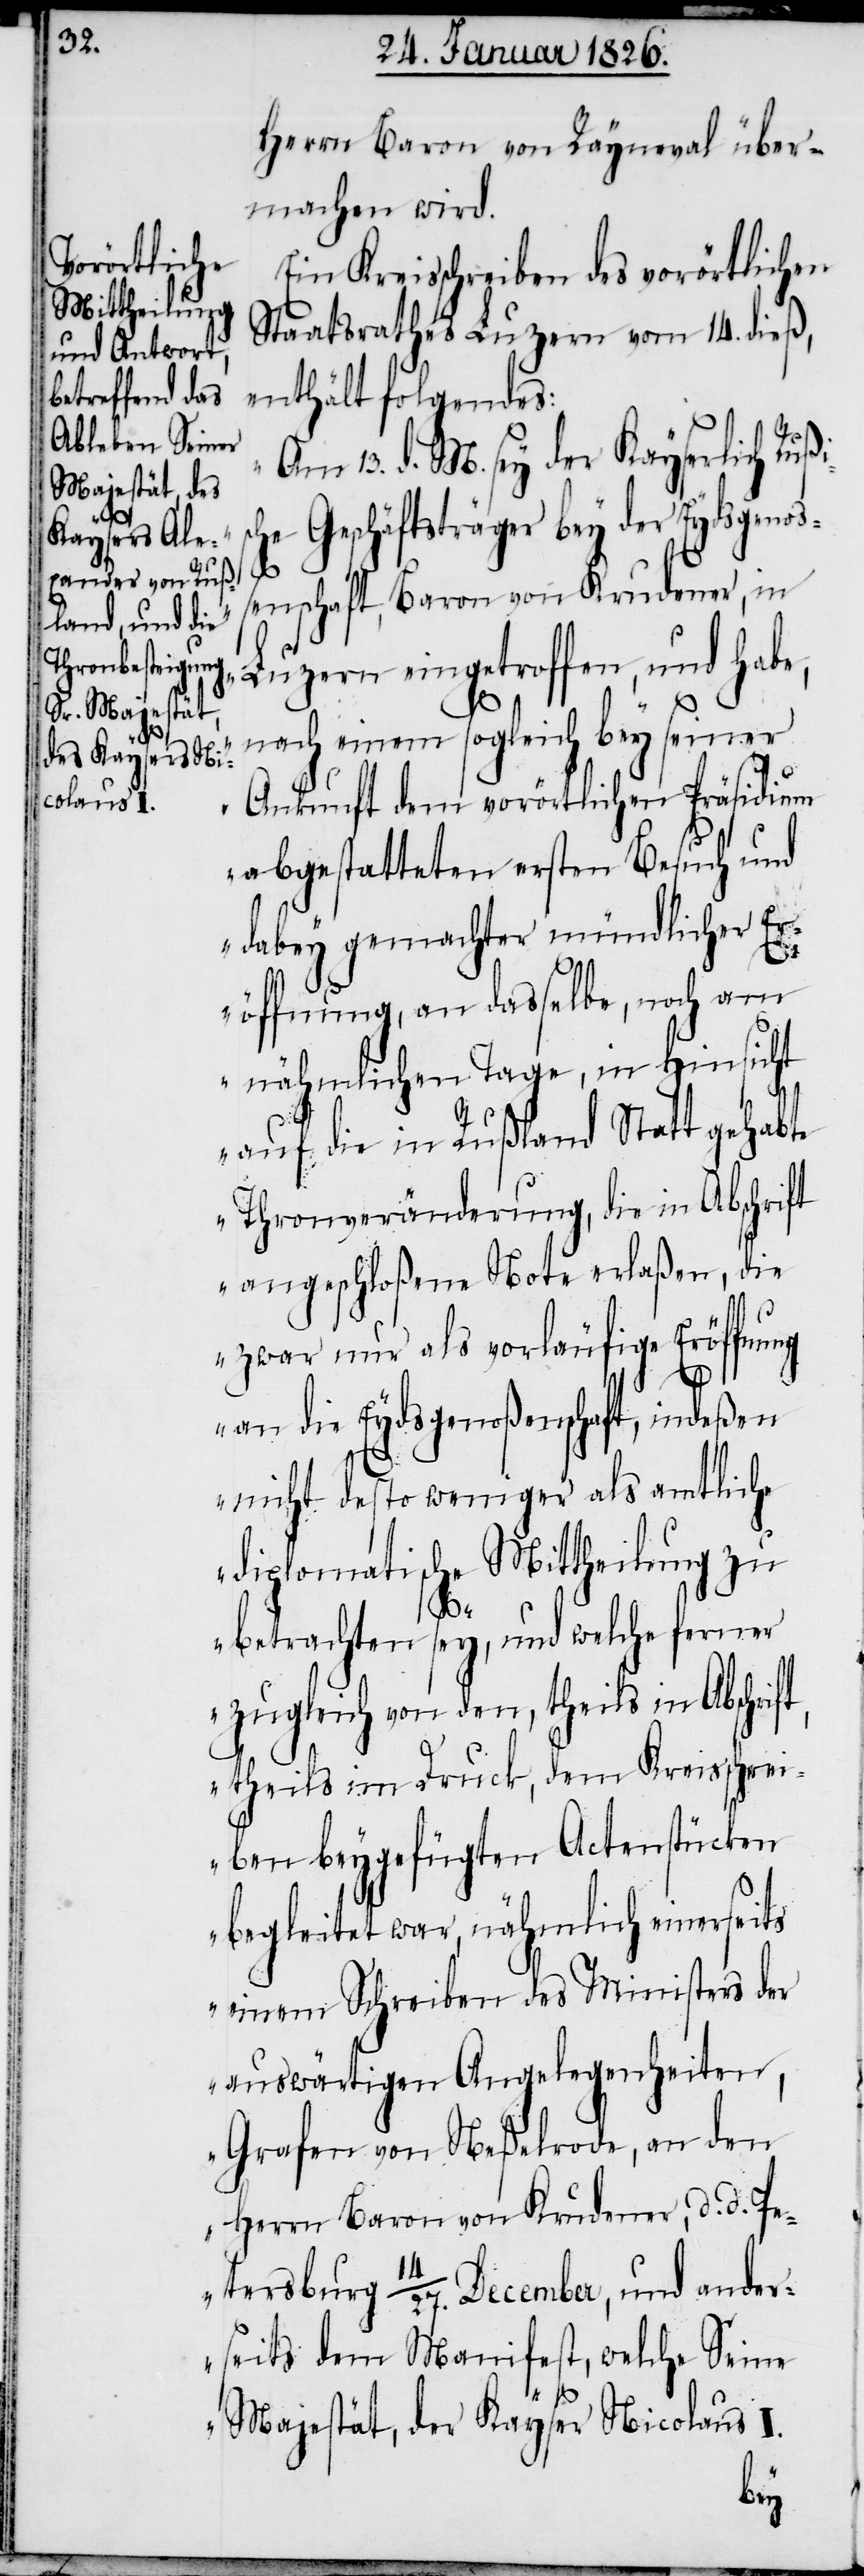
Herrn Baron von Rayneval über¬
machen wird.
Ein Kreisschreiben des vorörtlichen
Staatsrathes Luzern vom 14. dieß,
enthält folgendes:
„Am 13. d. M. sey der Kayserlich Ruß¬
Geschäftsträger bey der Eydsgeno¬
ßenschaft, Baron von Krudener, in
Luzern eingetroffen, und habe,
ische
nach einem sogleich bey seiner
Ankunft dem vorörtlichen Präsidium
abgestatteten ersten Besuch und
dabey gemachter mündlicher Er¬
öffnung, an dasselbe, noch am
nähmlichen Tage, in Hinsicht
auf die in Rußland Statt gehabte
Thronveränderung, die in Abschrift
angeschloßene Note erlaßen, die
zwar nur als vorläufige Eröffnung
an die Eydsgenoßenschaft, indeßen
nicht desto weniger als amtliche
diplomatische Mittheilung zu
betrachten sey, und welche ferner
zugleich von den, theils in Abschrif¬
t, theils im Druck, dem Kreisschrei¬
ben beygefügten Actenstücken
begleitet war, nähmlich einerseits
einem Schreiben des Ministers der
auswärtigen Angelegenheiten,
Grafen von Neßelrode, an den
Herrn Baron von Krudener, d. d. Pe¬
tersburg 14/27. December, und ander¬
seits dem Manifest, welche Seine
Majestät, der Kayser Nicolaus I.